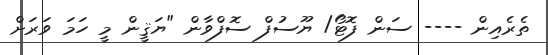
ތެރެއިން ---- ސަން ފޮޓޯ/ ޔޫސުފް ސޮފްވާން "ޔަޤީން މީ ހަމަ ވަރަށް